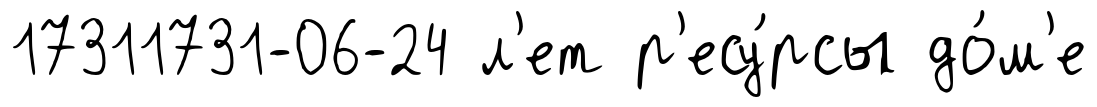
17311731-06-24 л'ет р'есу́рсы до́м'е